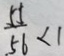
\frac { 5 5 } { . 5 6 } < 1